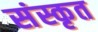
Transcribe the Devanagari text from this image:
संस्कृत